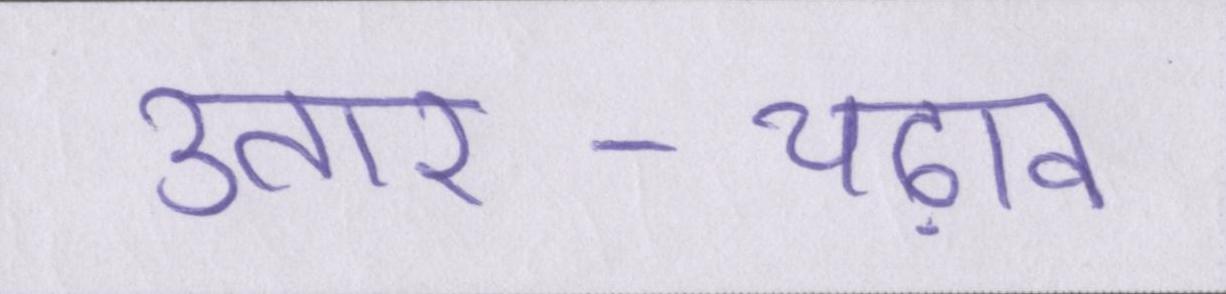
उतार-चढ़ाव